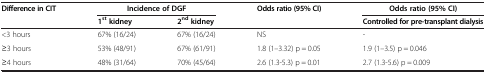
| <ROWSPAN=2> Difference in CIT | <COLSPAN=2> Incidence of DGF | <ROWSPAN=2> Odds ratio (95% CI) | Odds ratio (95% CI) |
 | 1st kidney | 2nd kidney | Controlled for pre-transplant dialysis |
 | --- | --- | --- | --- | --- |
 | <3 hours | 67% (16/24) | 67% (16/24) | NS | - |
 | ≥3 hours | 53% (48/91) | 67% (61/91) | 1.8 (1–3.32) p = 0.05 | 1.9 (1–3.5) p = 0.046 |
 | ≥4 hours | 48% (31/64) | 70% (45/64) | 2.6 (1.3-5.3) p = 0.01 | 2.7 (1.3-5.6) p = 0.009 |